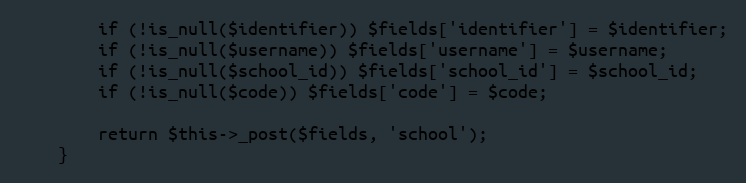
Language: PHP
        if (!is_null($identifier)) $fields['identifier'] = $identifier;
        if (!is_null($username)) $fields['username'] = $username;
        if (!is_null($school_id)) $fields['school_id'] = $school_id;
        if (!is_null($code)) $fields['code'] = $code;

        return $this->_post($fields, 'school');
    }